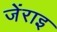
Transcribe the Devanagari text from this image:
जेंराइ